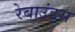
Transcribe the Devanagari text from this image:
रेबाउंड्स